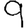
Digit: 9